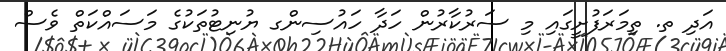
އަދި ތ. ތިމަރަފުށީގައި މި ސަރުކާރުން ހަދާ ހައުސިންގ ޔުނިޓުތަކުގެ މަސައްކަތް ވެސް